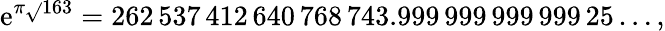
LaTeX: \mathrm{e}^{\pi{\sqrt{}{{163}}}}=262\, 537\, 412\, 640\, 768\, 743.999\, 999\, 999\, 999\, 25\ldots,